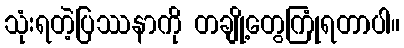
သုံးရတဲ့ပြဿနာကို တချို့တွေကြုံရတာပါ။